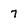
Character: 7